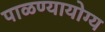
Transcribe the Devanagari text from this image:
पाळण्यायोग्य